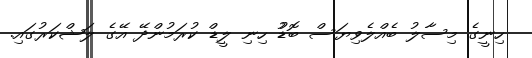
ހިނީގެ މިސާލު ބެއްލެވިޔަސް ބޮޑުު ހިނި ލީޑް ކުރަމުންދޭ އޭގެ ލަޝްކަރުގައި.